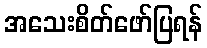
အသေးစိတ်ဖော်ပြရန်